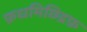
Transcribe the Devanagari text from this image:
फ़धमिछिद्रफ़